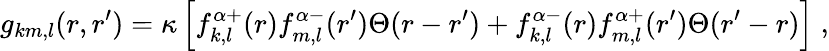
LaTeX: g_{km,l}(r,r^{\prime})=\kappa\left[f_{k,l}^{\alpha+}(r)f_{m,l}^{\alpha-}(r^{\prime})\Theta(r-r^{\prime})+f_{k,l}^{\alpha-}(r)f_{m,l}^{\alpha+}(r^{\prime})\Theta(r^{\prime}-r)\right]\; ,